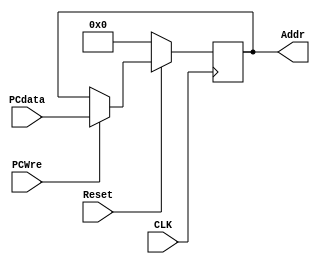
`timescale 1ns / 1ps
//////////////////////////////////////////////////////////////////////////////////
// Company: 
// Engineer: 
// 
// Design Name: 
// Module Name: PC
// Project Name: 
// Target Devices: 
// Tool Versions: 
// Description: 
// 
// Dependencies: 
// 
// Revision:
// Revision 0.01 - File Created
// Additional Comments:
// 
//////////////////////////////////////////////////////////////////////////////////


module PC(CLK,PCWre,Reset,PCdata,Addr);
    input CLK;
    input PCWre;
    input Reset;
    input [31:0] PCdata;
    output reg[31:0] Addr;
    
    always @ (negedge CLK) begin // 
        if (Reset==0) Addr <= 0;
        else if (PCWre == 1)
          Addr <= PCdata; // 
    end
endmodule